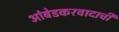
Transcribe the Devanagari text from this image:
आंबेडकरवादाची